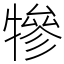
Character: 犙